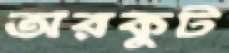
অরকুট